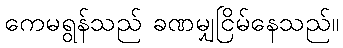
ကေမရွန်သည် ခဏမျှငြိမ်နေသည်။